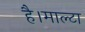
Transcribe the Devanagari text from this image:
है।माल्टा